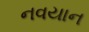
નવયાન